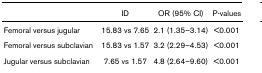
<table><thead><tr><td></td><td><b>ID</b></td><td><b>OR (95% CI)</b></td><td><b>P-values</b></td></tr></thead><tbody><tr><td>Femoral versus jugular</td><td>15.83 vs 7.65</td><td>2.1 (1.35–3.14)</td><td>&lt;0.001</td></tr><tr><td>Femoral versus subclavian</td><td>15.83 vs 1.57</td><td>3.2 (2.29–4.53)</td><td>&lt;0.001</td></tr><tr><td>Jugular versus subclavian</td><td>7.65 vs 1.57</td><td>4.8 (2.64–9.60)</td><td>&lt;0.001</td></tr></tbody></table>